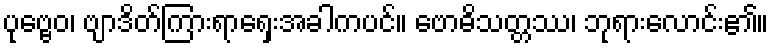
ပုဗ္ဗေဝ၊ ဗျာဒိတ်ကြားရာရှေးအခါကပင်။ ဗောဓိသတ္တဿ၊ ဘုရားလောင်း၏။